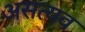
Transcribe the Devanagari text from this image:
असत्यव